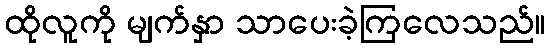
ထိုလူကို မျက်နှာ သာပေးခဲ့ကြလေသည်။